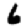
Digit: 6